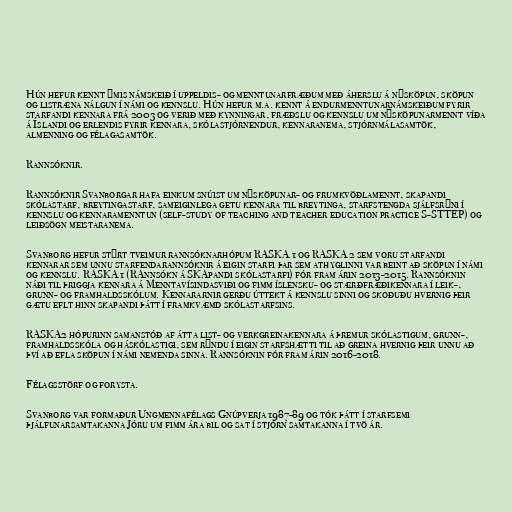
Hún hefur kennt ýmis námskeið í uppeldis- og menntunarfræðum með áherslu á nýsköpun, sköpun
og listræna nálgun í námi og kennslu. Hún hefur m.a. kennt á endurmenntunarnámskeiðum fyrir
starfandi kennara frá 2003 og verið með kynningar, fræðslu og kennslu um nýsköpunarmennt víða
á Íslandi og erlendis fyrir kennara, skólastjórnendur, kennaranema, stjórnmálasamtök,
almenning og félagasamtök.

Rannsóknir.

Rannsóknir Svanborgar hafa einkum snúist um nýsköpunar- og frumkvöðlamennt, skapandi
skólastarf, breytingastarf, sameiginlega getu kennara til breytinga, starfstengda sjálfsrýni í
kennslu og kennaramenntun (self-study of teaching and teacher education practice S-STTEP) og
leiðsögn meistaranema.

Svanborg hefur stýrt tveimur rannsóknarhópum RASKA 1 og RASKA 2 sem voru starfandi
kennarar sem unnu starfendarannsóknir á eigin starfi þar sem athyglinni var beint að sköpun í námi
og kennslu. RASKA 1 (RAnnsókn á SKApandi skólastarfi) fór fram árin 2013-2015. Rannsóknin
náði til þriggja kennara á Menntavísindasviði og fimm íslensku- og stærðfræðikennara í leik-,
grunn- og framhaldsskólum. Kennararnir gerðu úttekt á kennslu sinni og skoðuðu hvernig þeir
gætu eflt hinn skapandi þátt í framkvæmd skólastarfsins.

RASKA2 hópurinn samanstóð af átta list- og verkgreinakennara á þremur skólastigum, grunn-,
framhaldsskóla og háskólastigi, sem rýndu í eigin starfshætti til að greina hvernig þeir unnu að
því að efla sköpun í námi nemenda sinna. Rannsóknin fór fram árin 2016-2018.

Félagsstörf og forysta.

Svanborg var formaður Ungmennafélags Gnúpverja 1987-89 og tók þátt í starfsemi
þjálfunarsamtakanna Jóru um fimm ára bil og sat í stjórn samtakanna í tvö ár.